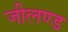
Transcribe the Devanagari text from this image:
जीलण्ड